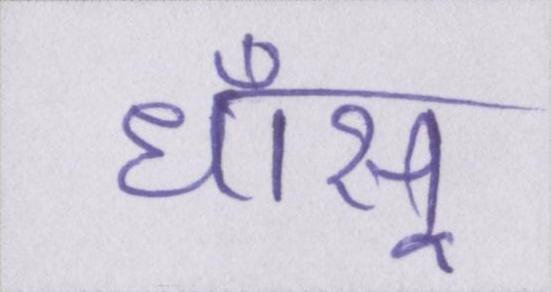
धाँसू